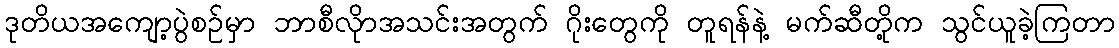
ဒုတိယအကျော့ပွဲစဉ်မှာ ဘာစီလိုာအသင်းအတွက် ဂိုးတွေကို တူရန်နဲ့ မက်ဆီတို့က သွင်ယူခဲ့ကြတာ